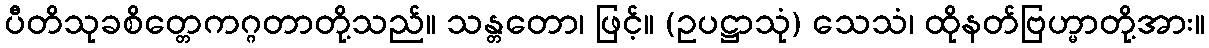
ပီတိသုခစိတ္တေကဂ္ဂတာတို့သည်။ သန္တတော၊ ဖြင့်။ (ဥပဋ္ဌာသုံ) သေသံ၊ ထိုနတ်ဗြဟ္မာတို့အား။